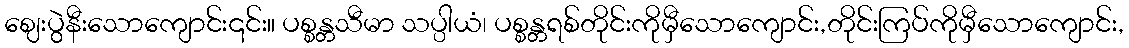
ဈေးပွဲနီးသောကျောင်း၎င်း။ ပစ္စန္တသီမာ သပ္ပါယံ၊ ပစ္စန္တရစ်တိုင်းကိုမှီသောကျောင်း,တိုင်းကြပ်ကိုမှီသောကျောင်း,